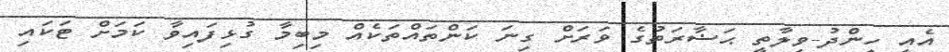
އެއީ ހިންދު-ވިލާތީ ޙަޟާރަތުގެ ވަރަށް ގިނަ ކަންތައްތަކެއް މިބިމާ ގުޅިފައިވާ ކަމަށް ޓަކައި